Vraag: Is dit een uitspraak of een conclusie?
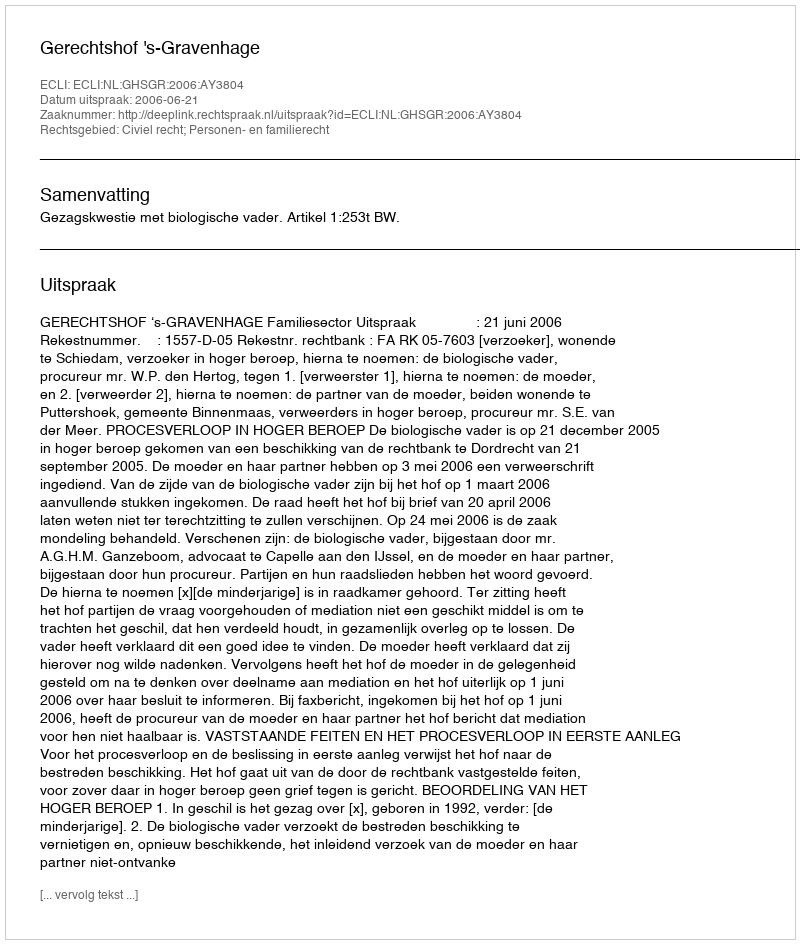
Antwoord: Uitspraak